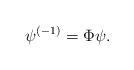
LaTeX: \begin{align*} \psi^{(-1)}=\Phi\psi.\end{align*}